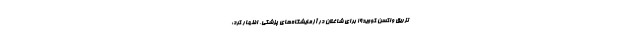
تزریق واکسن کووید۱۹ برای شاغلان در آزمایشگاه‌های پزشکی، اظهار کرد: